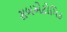
સબએટોમિક